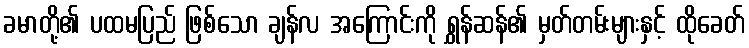
ခမာတို့၏ ပထမပြည် ဖြစ်သော ချန်လ အကြောင်းကို ရွှန်ဆန်၏ မှတ်တမ်းများနှင့် ထိုခေတ်